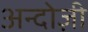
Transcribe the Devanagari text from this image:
अन्दोज़ी